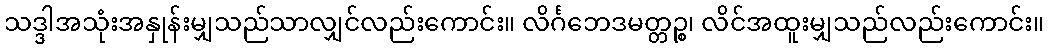
သဒ္ဒါအသုံးအနှုန်းမျှသည်သာလျှင်လည်းကောင်း။ လိင်္ဂဘေဒမတ္တဉ္စ၊ လိင်အထူးမျှသည်လည်းကောင်း။